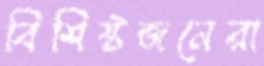
বিশিষ্টজনেরা